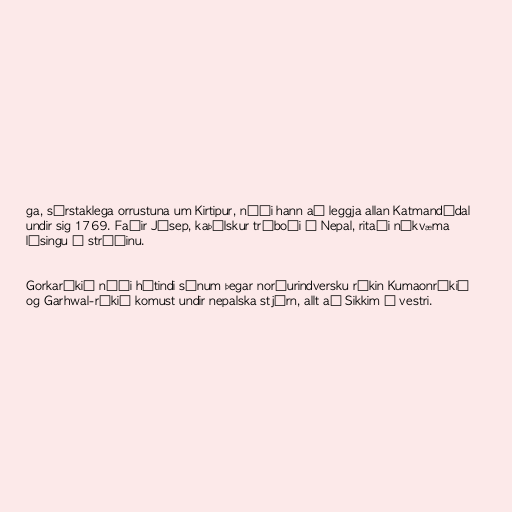
ga, sérstaklega orrustuna um Kirtipur, náði hann að leggja allan Katmandúdal
undir sig 1769. Faðir Jósep, kaþólskur trúboði í Nepal, ritaði nákvæma
lýsingu á stríðinu.

Gorkaríkið náði hátindi sínum þegar norðurindversku ríkin Kumaonríkið
og Garhwal-ríkið komust undir nepalska stjórn, allt að Sikkim í vestri.